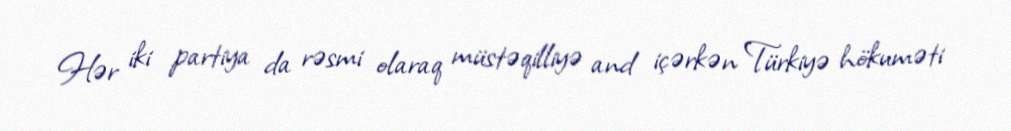
Hər iki partiya da rəsmi olaraq müstəqilliyə and içərkən Türkiyə hökuməti